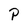
Character: P